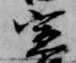
宣